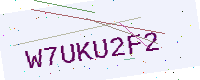
Text: W7UKU2F2